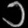
Digit: ၁